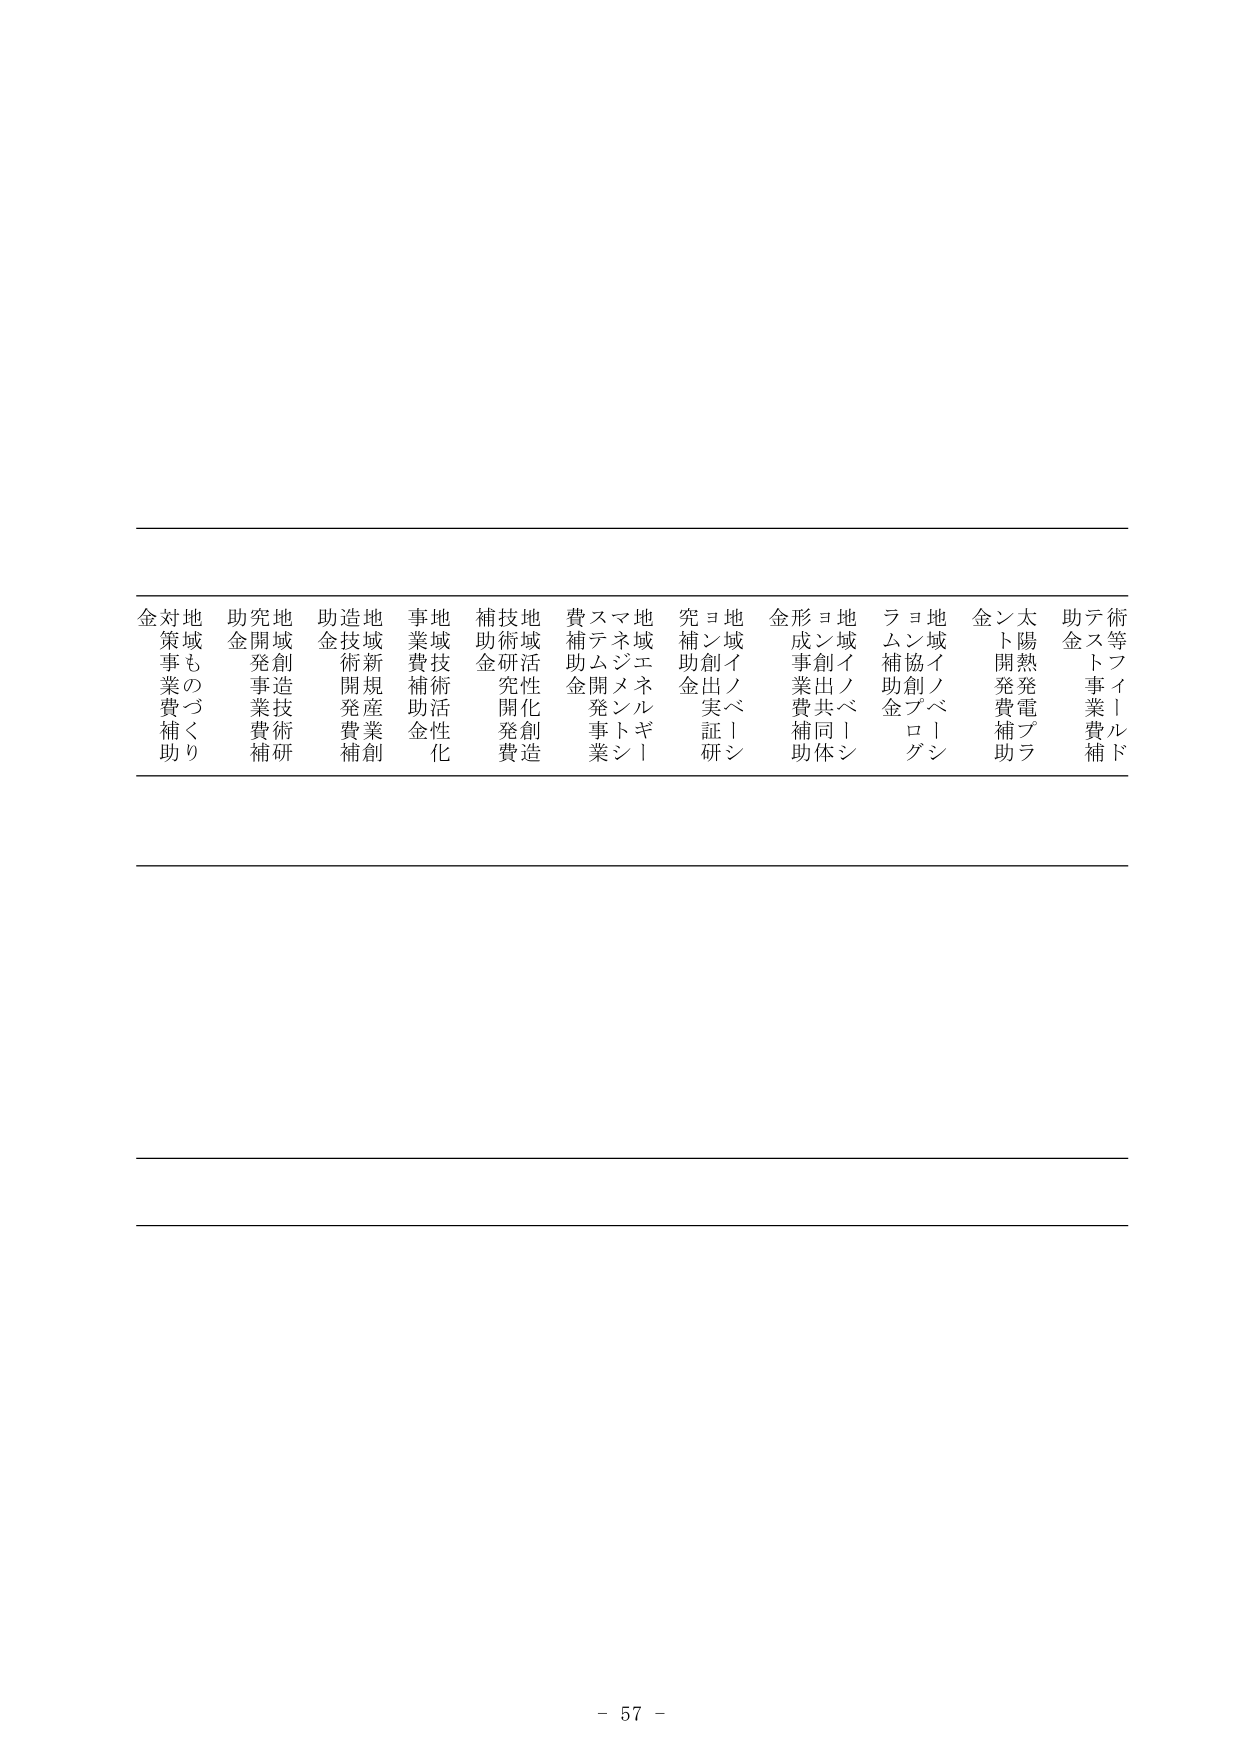
金対地
策事も
業費づ
補助り

助究地
金開創
発事業
費補研

助造地
金技術
開発費
補創

事業費補助金
地域技術活性化

補技術
助研究
金開発
費

費スマ
補テネ
助ムメ
金開ント
事業シ

地域
エネルギー
補助金

究ヨ地域
補ン創ノベ
助出実証研

金形成事業費補助
ヨ地域イノベーション
創出共同体

ラム補助金
ヨン協創プログ
地域イノベーション

金ソト開発費補助
太陽熱発電プラ

助テ
金スト事業費補
術等フィールド

- 57 -